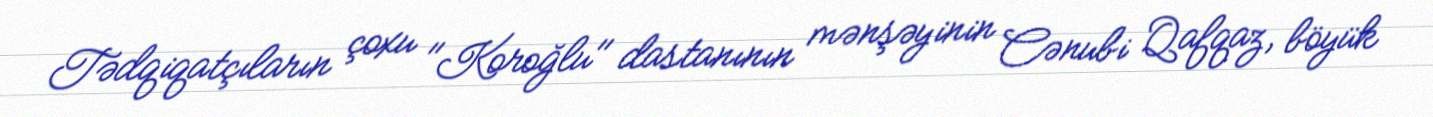
Tədqiqatçıların çoxu "Koroğlu" dastanının mənşəyinin Cənubi Qafqaz, böyük